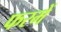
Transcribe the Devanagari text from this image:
फरमें